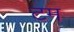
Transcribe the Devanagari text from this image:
टम